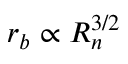
r _ { b } \propto R _ { n } ^ { 3 / 2 }